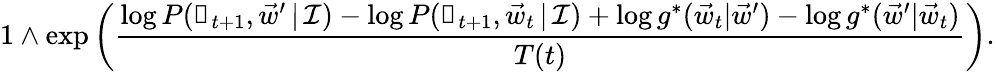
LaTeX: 1\wedge\exp\left(\frac{\log P(\boldsymbol\uprho_{t+1},\vec{w}^{\prime}\, |\, \mathcal I)-\log P(\boldsymbol\uprho_{t+1},\vec{w}_{t}\, |\, \mathcal I)+\log g^{*}(\vec{w}_{t}|\vec{w}^{\prime})-\log g^{*}(\vec{w}^{\prime}|\vec{w}_{t})}{T(t)}\right).